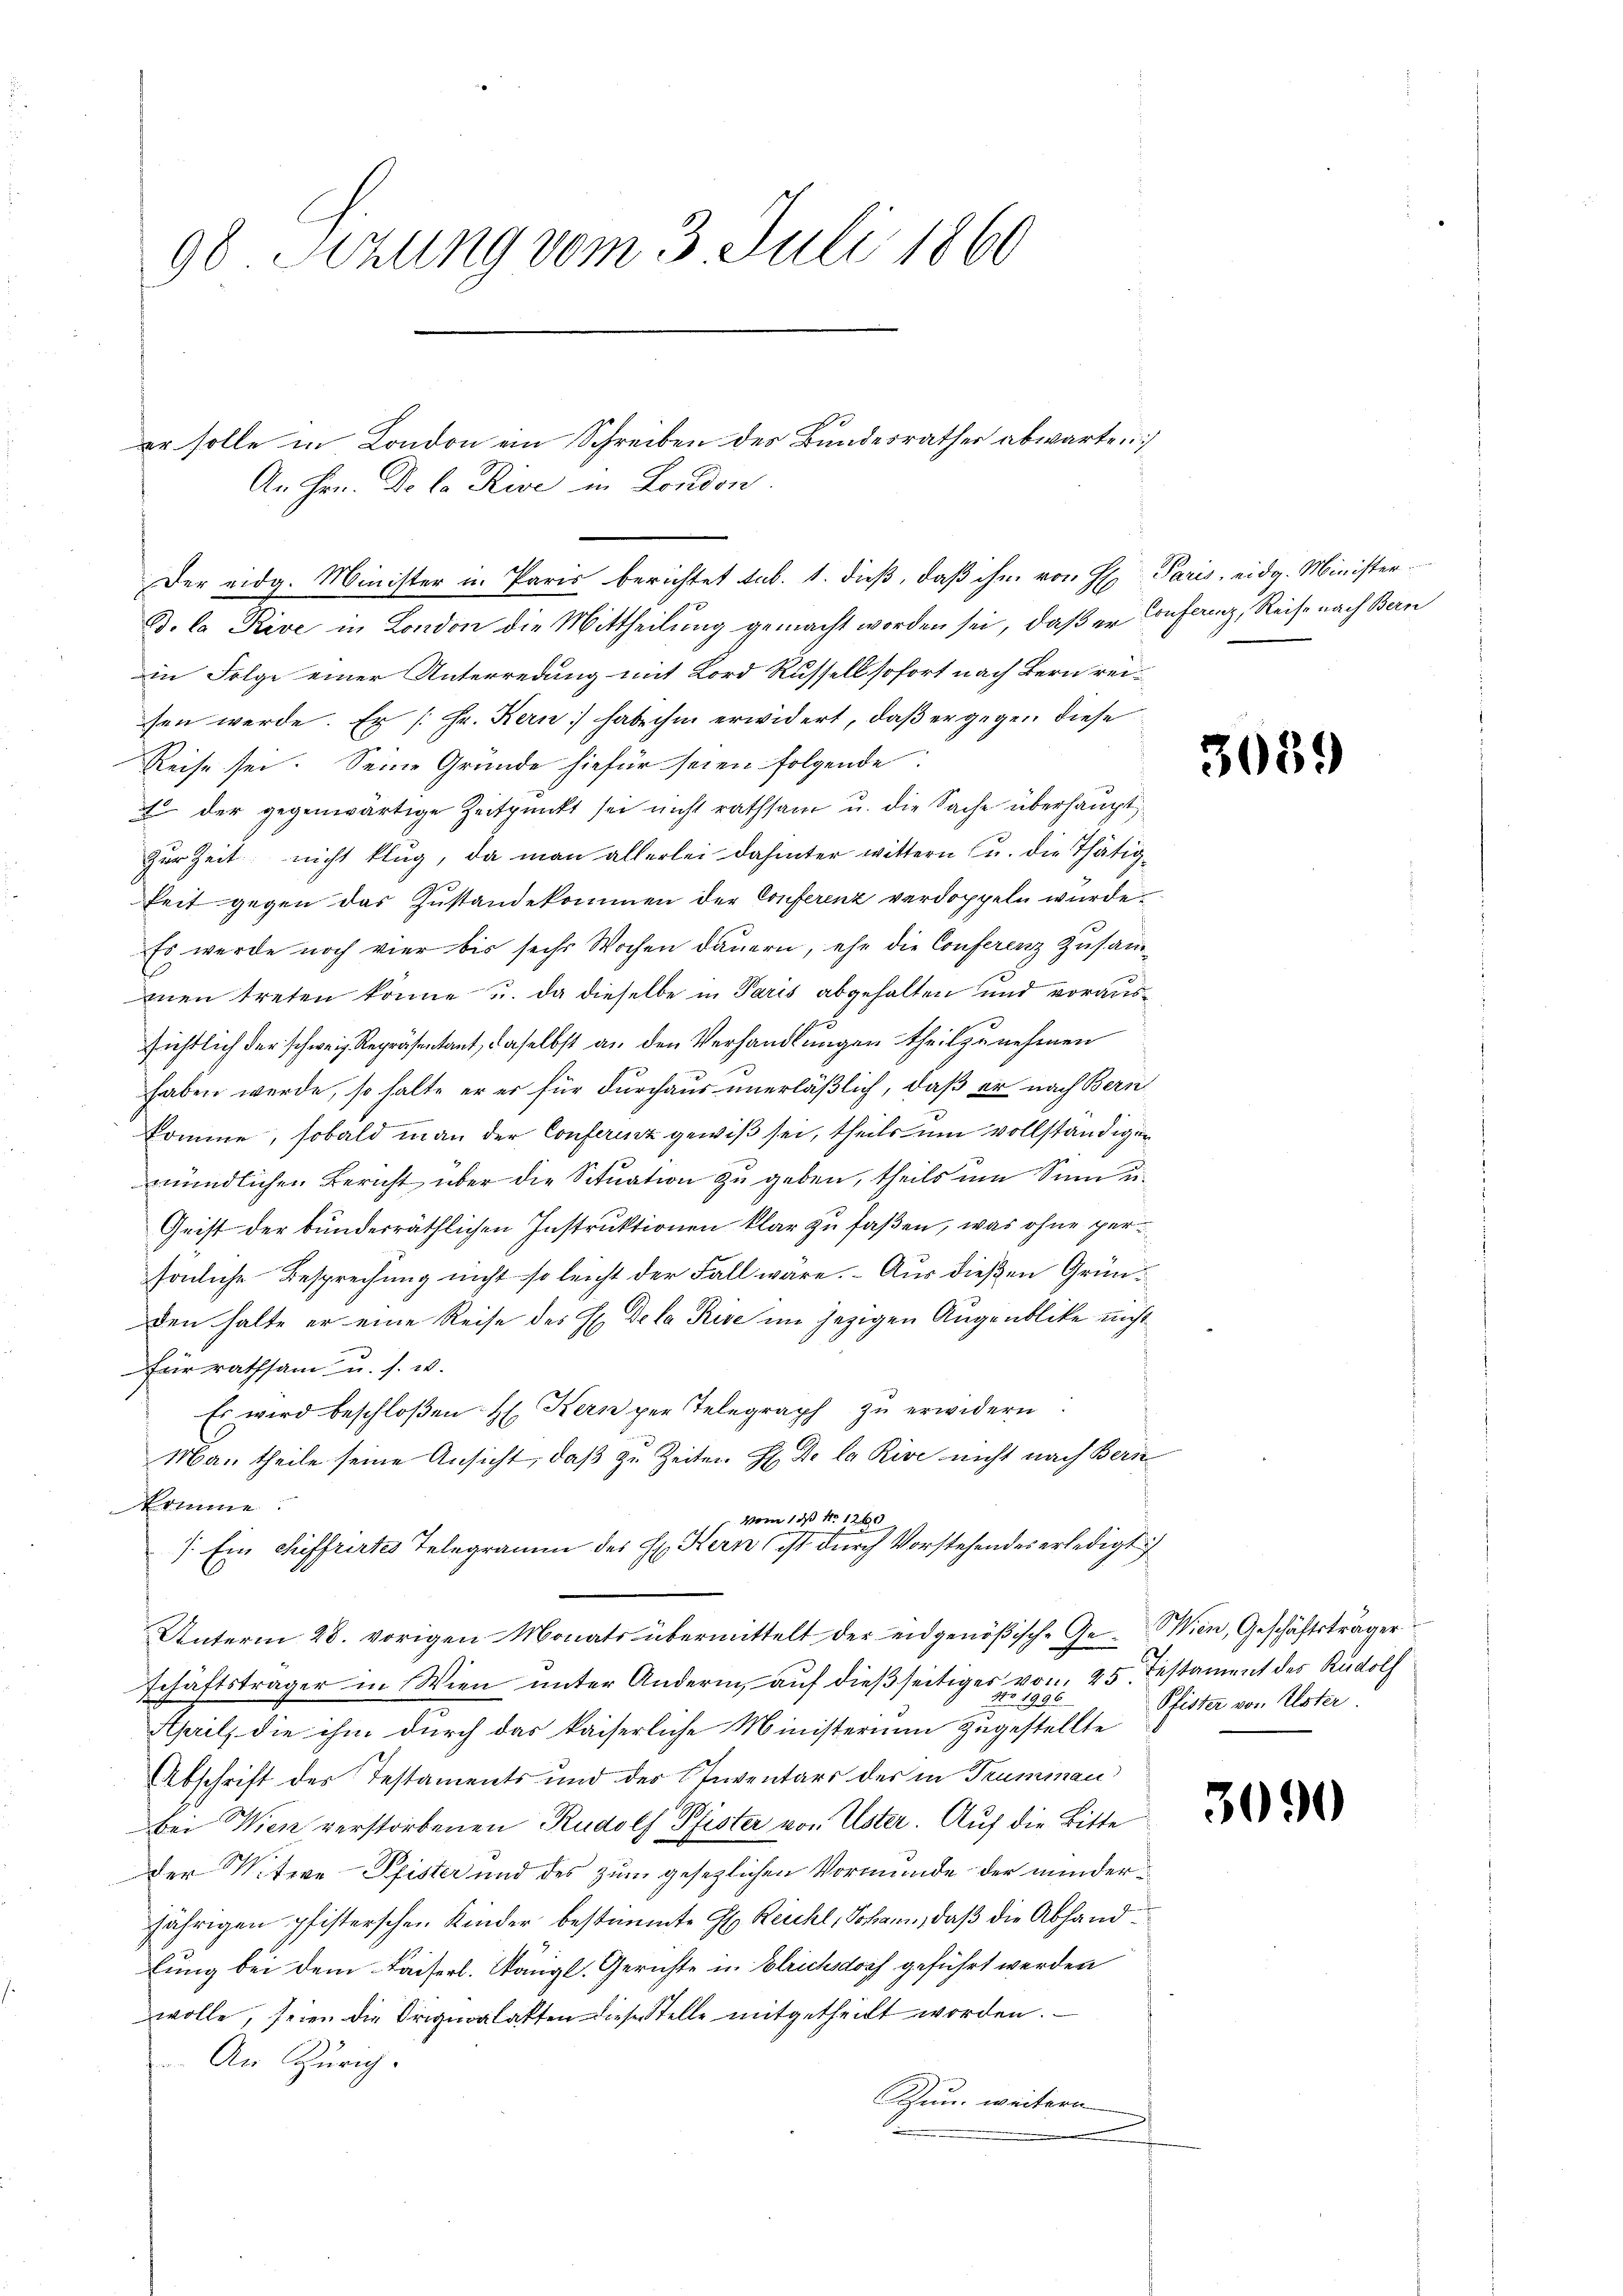
98. Sizung vom 3. Juli 1860

An Hrn. De la Rive in London.
B. la Rive in London die Mittheilung gemacht worden sei, daß er Confernz, Reise nach Bern
in Folge einer Unterredung mit Lord Russell sofort nach Bern reisen werde. Er /: Fr. Kern habe ihm erwidert, daß er gegen diese
Reise sei. Seine Gründe hiefür seien folgende
1 der gegenwärtige Zeitpunkt sei nicht rathsam u. die Sache überhaupt
Zur Zeit nicht klug, da man allerlei dahinter wittern u. die Thätigkeit gegen das Zustandekommen der Conferenz verdoppeln würde.
Es wurde noch vier bis sechs Wochen dauern, ehe die Conferenz Zusammmen treten könne u. da dieselbe in Paris abgehalten und voraussichtlich der schweiz. Repräsentant, daselbst an den Verhandlungen theil zu nehmen
haben werde, so halte er er für durchaus unerläßlich, daß er nach Bern
komme, sobald man der Conferenz gewiß sei, theils um vollständiger
mündlichen Bericht über die Situation zu geben, theils um Sinn u.
Geist der bunderräthlichen Instruktionen klar zu faßen, was ohne persönliche Besprechung nicht so leicht der Fall wäre. – Aus diesen Gründen halte er eine Reise des H. De la Rise im jezigen Augenblicke nicht
für rathsam u. s. w.
Es wird beschloßen H. Kern per Telegraph zŭ erwidern:
Ma. theile seine Ansicht, daß zu Zeiten H. De la Rive nicht nach Bern
komme.
vom 13 No 1260
). Ein Siffrirtes Telegramm des H. Hern ist durch Vorstehendes erledigt
Unterm 28. vorigen Monats übermittelt der eidgenößische Ge- Wien, Geschäftsträger
schäftsträger in Wien unter Andern, aŭf dießseitiges von 25. Testament des Rudolf
285
April, die ihm durch das kaiserliche Ministerium zugestellte
Abschrift des Testaments und der Inventars der in Truminan
bei Wien verstorbenen Rudolf Pfister von Uster. Auf die Bitte
der Mitere Pfister und des zum gesezlichen Vormunde der minderjährigen pfisterschen Kinder bestimmte H. Reichl, Johann, daß die Abhandlung bei dem Kaiserl. Stängl. Gerichte in Bleichsdorf geführt werden
wolle, seien die Originalakten dieser Stelle mitgetheilt worden.
An Zürich.
Zun, weitern

er solle in London ein Schreiben des Bundesrathes abwarten
Der eidg. Minister in Paris berichtet sub. 1. dieß, daß ihm von H. Paris, eidg. Minister¬

3089

Pfister von Elster.

3090